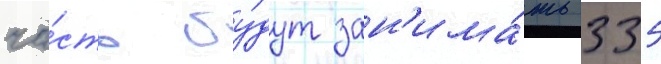
ча́сть бу́дут зан'има́ть 335